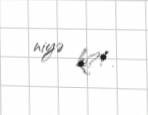
niyə ki?!.